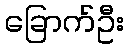
ခြောက်ဦး